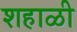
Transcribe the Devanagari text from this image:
शहाळी